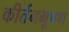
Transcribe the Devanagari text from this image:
कीर्तनभूषण